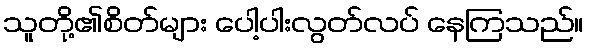
သူတို့၏စိတ်များ ပေါ့ပါးလွတ်လပ် နေကြသည်။